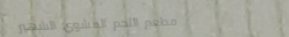
مطعم اللحم المشوي الشهير